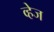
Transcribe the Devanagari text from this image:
व्हेज